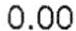
0.00